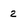
Character: 2